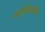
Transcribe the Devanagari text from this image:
अल्बेंडाज़ॉल